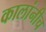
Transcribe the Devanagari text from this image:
कालांनीच